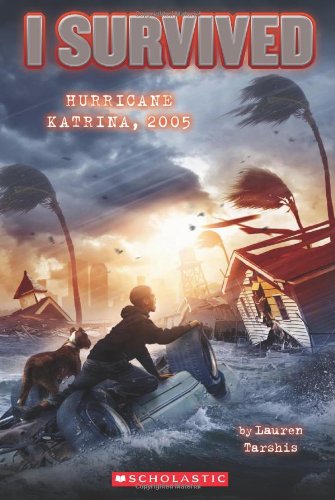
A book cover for I Survived Hurricane Katrina, 2005; Lauren Tarshis; Children's Books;